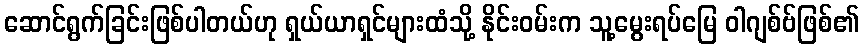
ဆောင်ရွက်ခြင်းဖြစ်ပါတယ်ဟု ရှယ်ယာရှင်များထံသို့ နိုင်းဝမ်းက သူ့မွေးရပ်မြေ ဝါဂျစ်ဗ်ဖြစ်၏